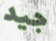
جيد